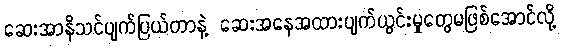
ဆေးအာနိသင်ပျက်ပြယ်တာနဲ့ ဆေးအနေအထားပျက်ယွင်းမှုတွေမဖြစ်အောင်လို့